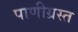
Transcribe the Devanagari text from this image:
पाणीग्रस्त